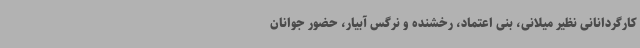
کارگردانانی نظیر میلانی، بنی اعتماد، رخشنده و نرگس آبیار، حضور جوانان